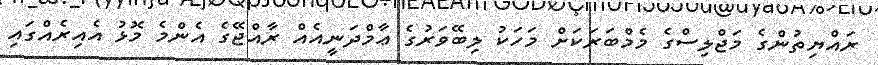
ރައްޔިތުންގެ މަޖްލިސްގެ މެމްބަރަކަށް މަހަކު ލިބޭވަރުގެ ޢާމްދަނީއެއް ރާއްޖޭގެ އެންމެ މޮޅު އެއިރެއްގައި